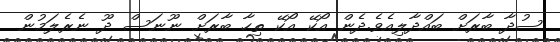
ސުދާ ބާރަށް ބައްދާލިއެވެ.ދެން އޯކޭ އޯކޭ ތިހާ ބާރަށް ނޫނަސް ދޫ ނެރެލަމުން